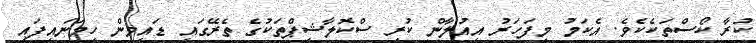
ކުރާ ކޯސްތަކެކެވެ. އެކަމު މިފަހަަރު އިއުލާން ކުރި ސްކޮލާޝިޕްތަކުގެ ތެރޭގައި ޑައިވިން ހިމަނައިފައި